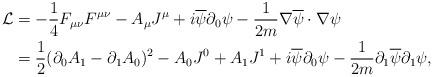
LaTeX: \begin{align*}\mathcal{L} &= -\frac{1}{4} F_{\mu\nu} F^{\mu\nu} - A_{\mu} J^{\mu} + i \overline{\psi} \partial_{0} \psi - \frac{1}{2m} \nabla \overline{\psi} \cdot \nabla \psi \\&= \frac{1}{2} (\partial_{0}A_{1}-\partial_{1} A_{0})^{2} - A_{0}J^{0} + A_{1}J^{1} + i \overline{\psi} \partial_{0} \psi - \frac{1}{2m} \partial_{1} \overline{\psi} \partial_{1} \psi,\end{align*}